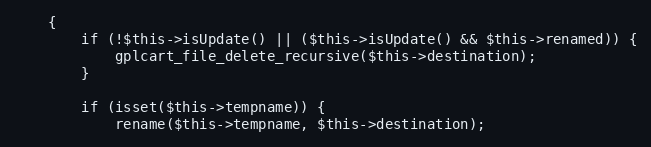
Language: PHP
    {
        if (!$this->isUpdate() || ($this->isUpdate() && $this->renamed)) {
            gplcart_file_delete_recursive($this->destination);
        }

        if (isset($this->tempname)) {
            rename($this->tempname, $this->destination);